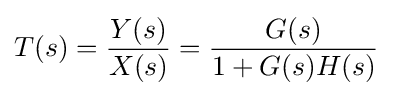
T(s)={\frac {Y(s)}{X(s)}}={\frac {G(s)}{1+G(s)H(s)}}